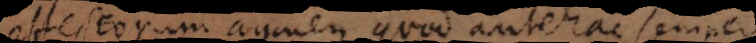
effectorum agmen quod antehac semper